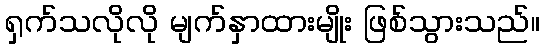
ရှက်သလိုလို မျက်နှာထားမျိုး ဖြစ်သွားသည်။